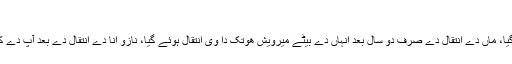
[2] “
سن 1717ء وچ نازو توخی دا 66 سال د‏‏ی عمر وچ انتقال ہوئے گیا، ماں دے انتقال دے صرف دو سال بعد انہاں دے بیٹے میرویش ھوتک دا وی انتقال ہوئے گیا، نازو انا دے انتقال دے بعد آپ دے کم نو‏‏ں افغان امیر احمد شاہ درانی د‏‏ی ماں زرغونہ نے اگے ودھایا۔